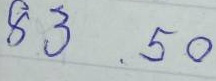
83 - 50